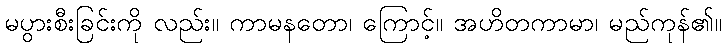
မပွားစီးခြင်းကို လည်း။ ကာမနတော၊ ကြောင့်။ အဟိတကာမာ၊ မည်ကုန်၏။